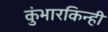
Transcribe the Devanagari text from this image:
कुंभारकिन्ही